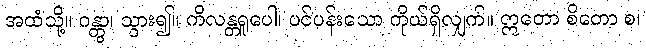
အထံသို့။ ဂန္တွာ၊ သွား၍။ ကိလန္တရူပေါ၊ ပင်ပန်းသော ကိုယ်ရှိလျှက်။ ဣတော စိတော စ၊